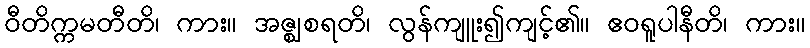
ဝီတိက္ကမတီတိ၊ ကား။ အဇ္ဈစရတိ၊ လွန်ကျူး၍ကျင့်၏။ ဧဝရူပါနီတိ၊ ကား။